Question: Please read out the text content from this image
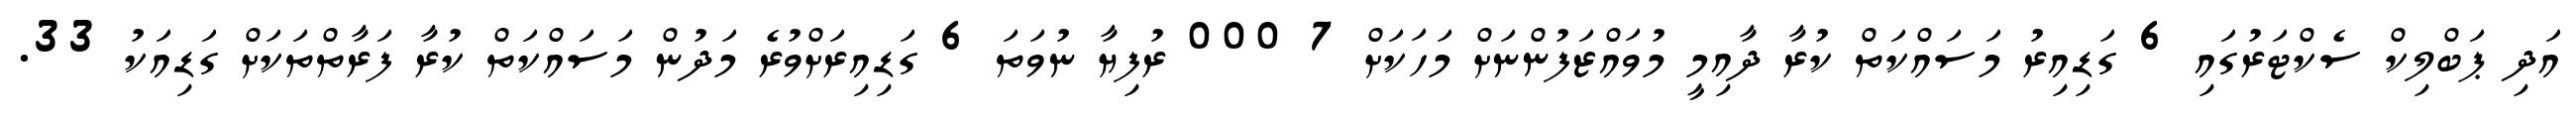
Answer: އަދި ޕަބްލިކް ސެކްޓަރުގައި 6 ގަޑިއިރު މަސައްކަތް ކުރާ ދާއިމީ މުވައްޒަފުންނަށް މަހަކަށް 7 000 ރުފިޔާ ނުވަތަ 6 ގަޑިއިރަށްވުރެ މަދުން މަސައްކަތް ކުރާ ފަރާތްތަކަށް ގަޑިއަކު 33.